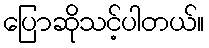
ပြောဆိုသင့်ပါတယ်။